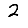
Digit: 2